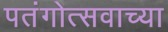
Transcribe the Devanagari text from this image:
पतंगोत्सवाच्या